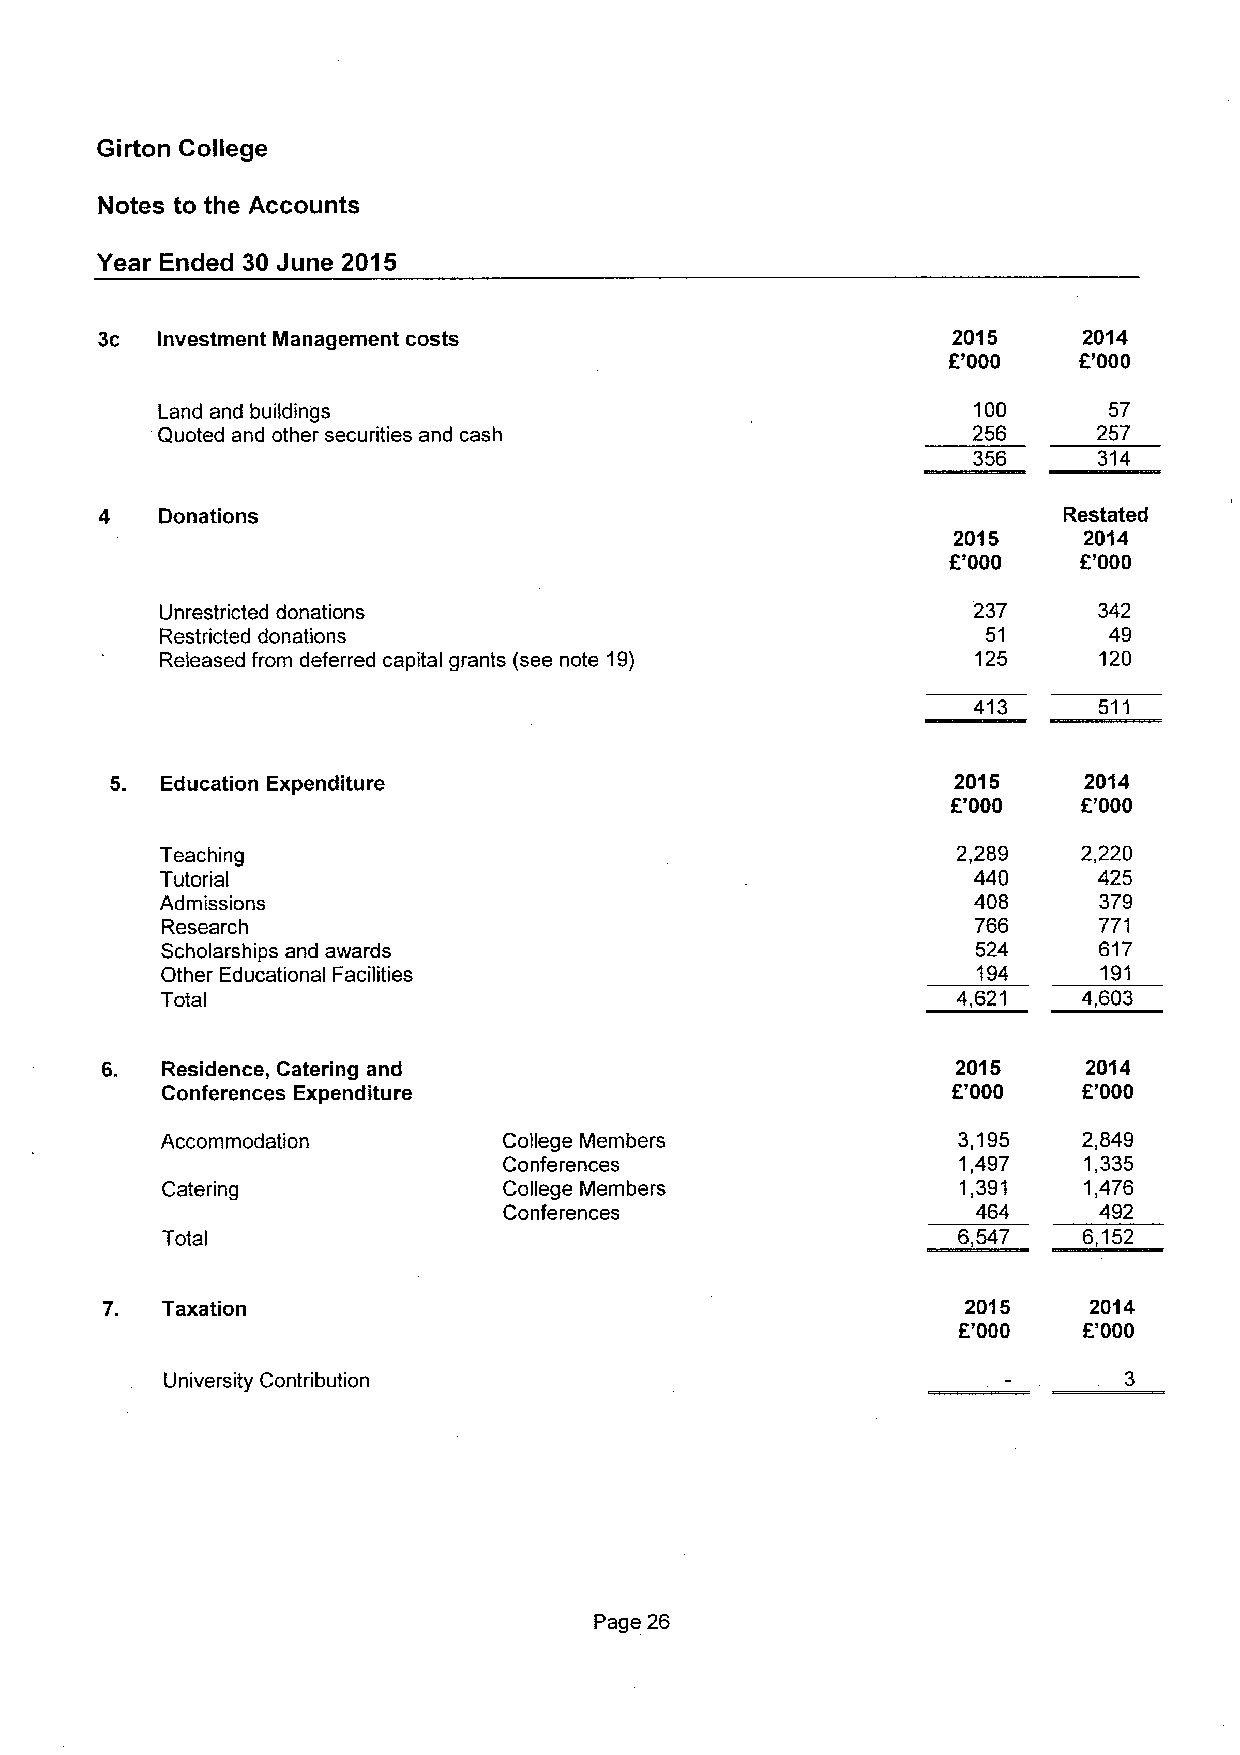
Girton College
 Notes to the Accounts
 Year Ended 30 June 2015
 3c  Investment Management costs                          2015     2014
 F'000   f.'000
 Land and buildings                                    100      57
 Quoted and other securities and cash                  256      257
 356      314
 4   Donations                                                  Restated
 2015     2014
 F'000    E'000
 Unrestricted donations                               237      342
 Restricted donations                                  51      49
 Released from deferred capital grants (see note 19)   125     120
 413      511
 5.  Education Expenditure                               2015     2014
 E'000    F'000
 Teaching                                            2,289    2,220
 Tutorial                                             440      425
 Admissions                                           408      379
 Research                                              766     771
 Scholarships and awards                               524     617
 Other Educational Facilities                          194     191
 Total                                               4,621    4,603
 6.  Residence, Catering and                             2015     2014
 Conferences Expenditure                             F'000    E'000
 Accommodation         College Members               3,195    2,849
 Conferences                   1,497    1,335
 Catering              College Members               1,391    1,476
 Conferences                     464     492
 Total                                               6,547    6,152
 7.  Taxation                                             2015    2014
 F'000    F'000
 University Contribution
 Page 26